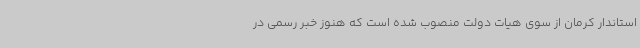
استاندار کرمان از سوی هیات دولت منصوب شده است که هنوز خبر رسمی در